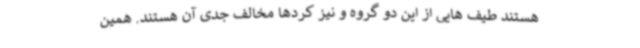
هستند طیف هایی از این دو گروه و نیز کردها مخالف جدی آن هستند. همین